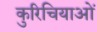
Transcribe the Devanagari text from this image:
कुरिचियाओं